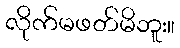
လိုက်မဖတ်မိဘူး။